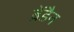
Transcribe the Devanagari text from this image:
ब्रेंडैन